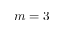
m = 3